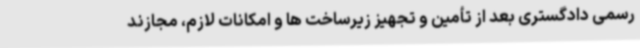
رسمی دادگستری بعد از تأمین و تجهیز زیرساخت ها و امکانات لازم، مجازند